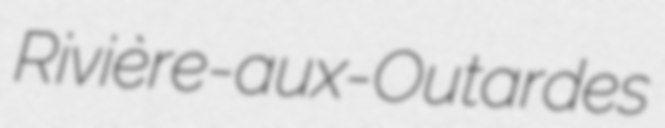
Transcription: Rivière-aux-Outardes